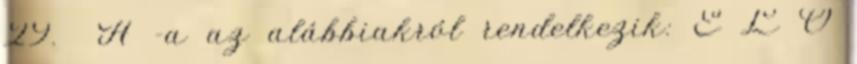
29. A -a az alábbiakról rendelkezik: E L Ő